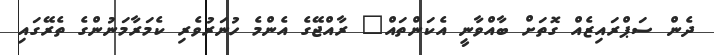
ދެން ސަޕްރައިޒެއް ގޮތަށް ބާއްވާނީ އެކަންތައް" ރާއްޖޭގެ އެންމެ ހުނަރުވެރި ކެމަރާމަނުންގެ ތެރޭގައި